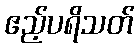
ဧည့်ပရိသတ်